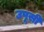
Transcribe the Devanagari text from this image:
उपूसी